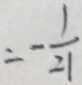
= - \frac { 1 } { 2 1 }